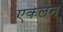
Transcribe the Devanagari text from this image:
एकलन